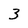
Character: 3